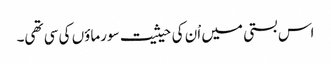
اس بستی میں اْن کی حیثیت سورماؤں کی سی تھی۔